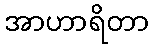
အာဟာရိတာ